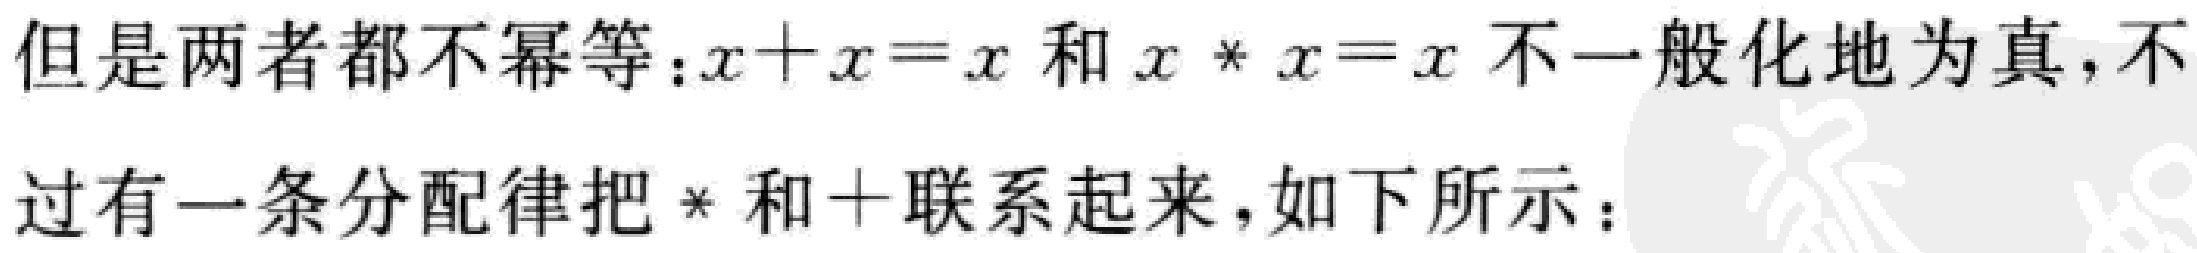
但是两者都不幂等：$x + x = x$ 和 $x * x = x$ 不一般化地为真，不过有一条分配律把 $*$ 和 $+$ 联系起来，如下所示：